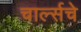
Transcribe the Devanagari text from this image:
चार्ल्सचे